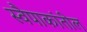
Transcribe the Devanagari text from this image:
स्वैपाकांतील